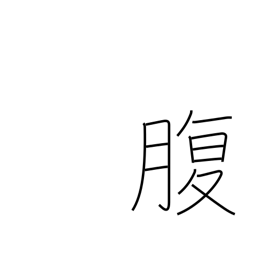
Meaning: belly